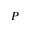
P